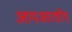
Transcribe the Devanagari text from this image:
आयआरडीए